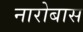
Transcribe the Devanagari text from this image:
नारोबास